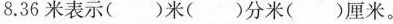
8.36米表示()米()分米()厘米。